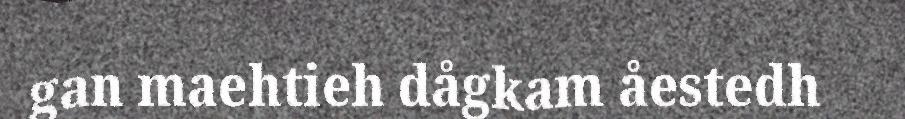
gan maehtieh dågkam åestedh